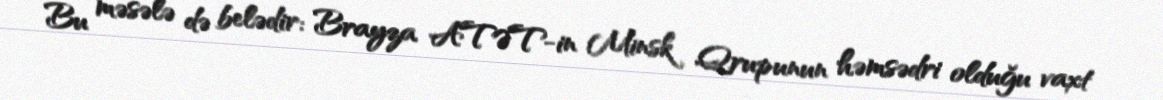
Bu məsələ də belədir: Brayza ATƏT-in Minsk Qrupunun həmsədri olduğu vaxt